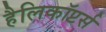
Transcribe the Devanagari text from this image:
हैलिकॉप्टर्स